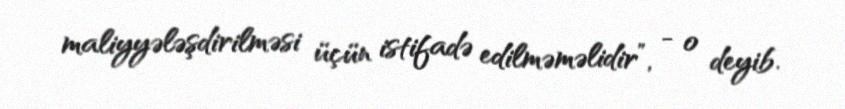
maliyyələşdirilməsi üçün istifadə edilməməlidir”, - o deyib.